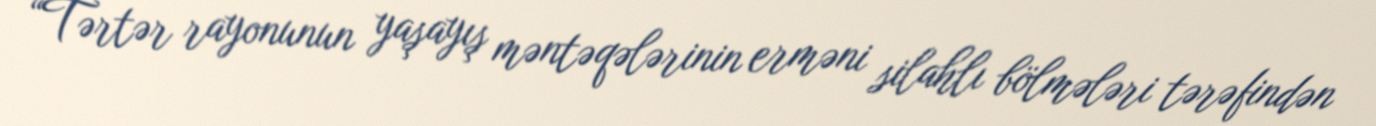
“Tərtər rayonunun yaşayış məntəqələrinin erməni silahlı bölmələri tərəfindən